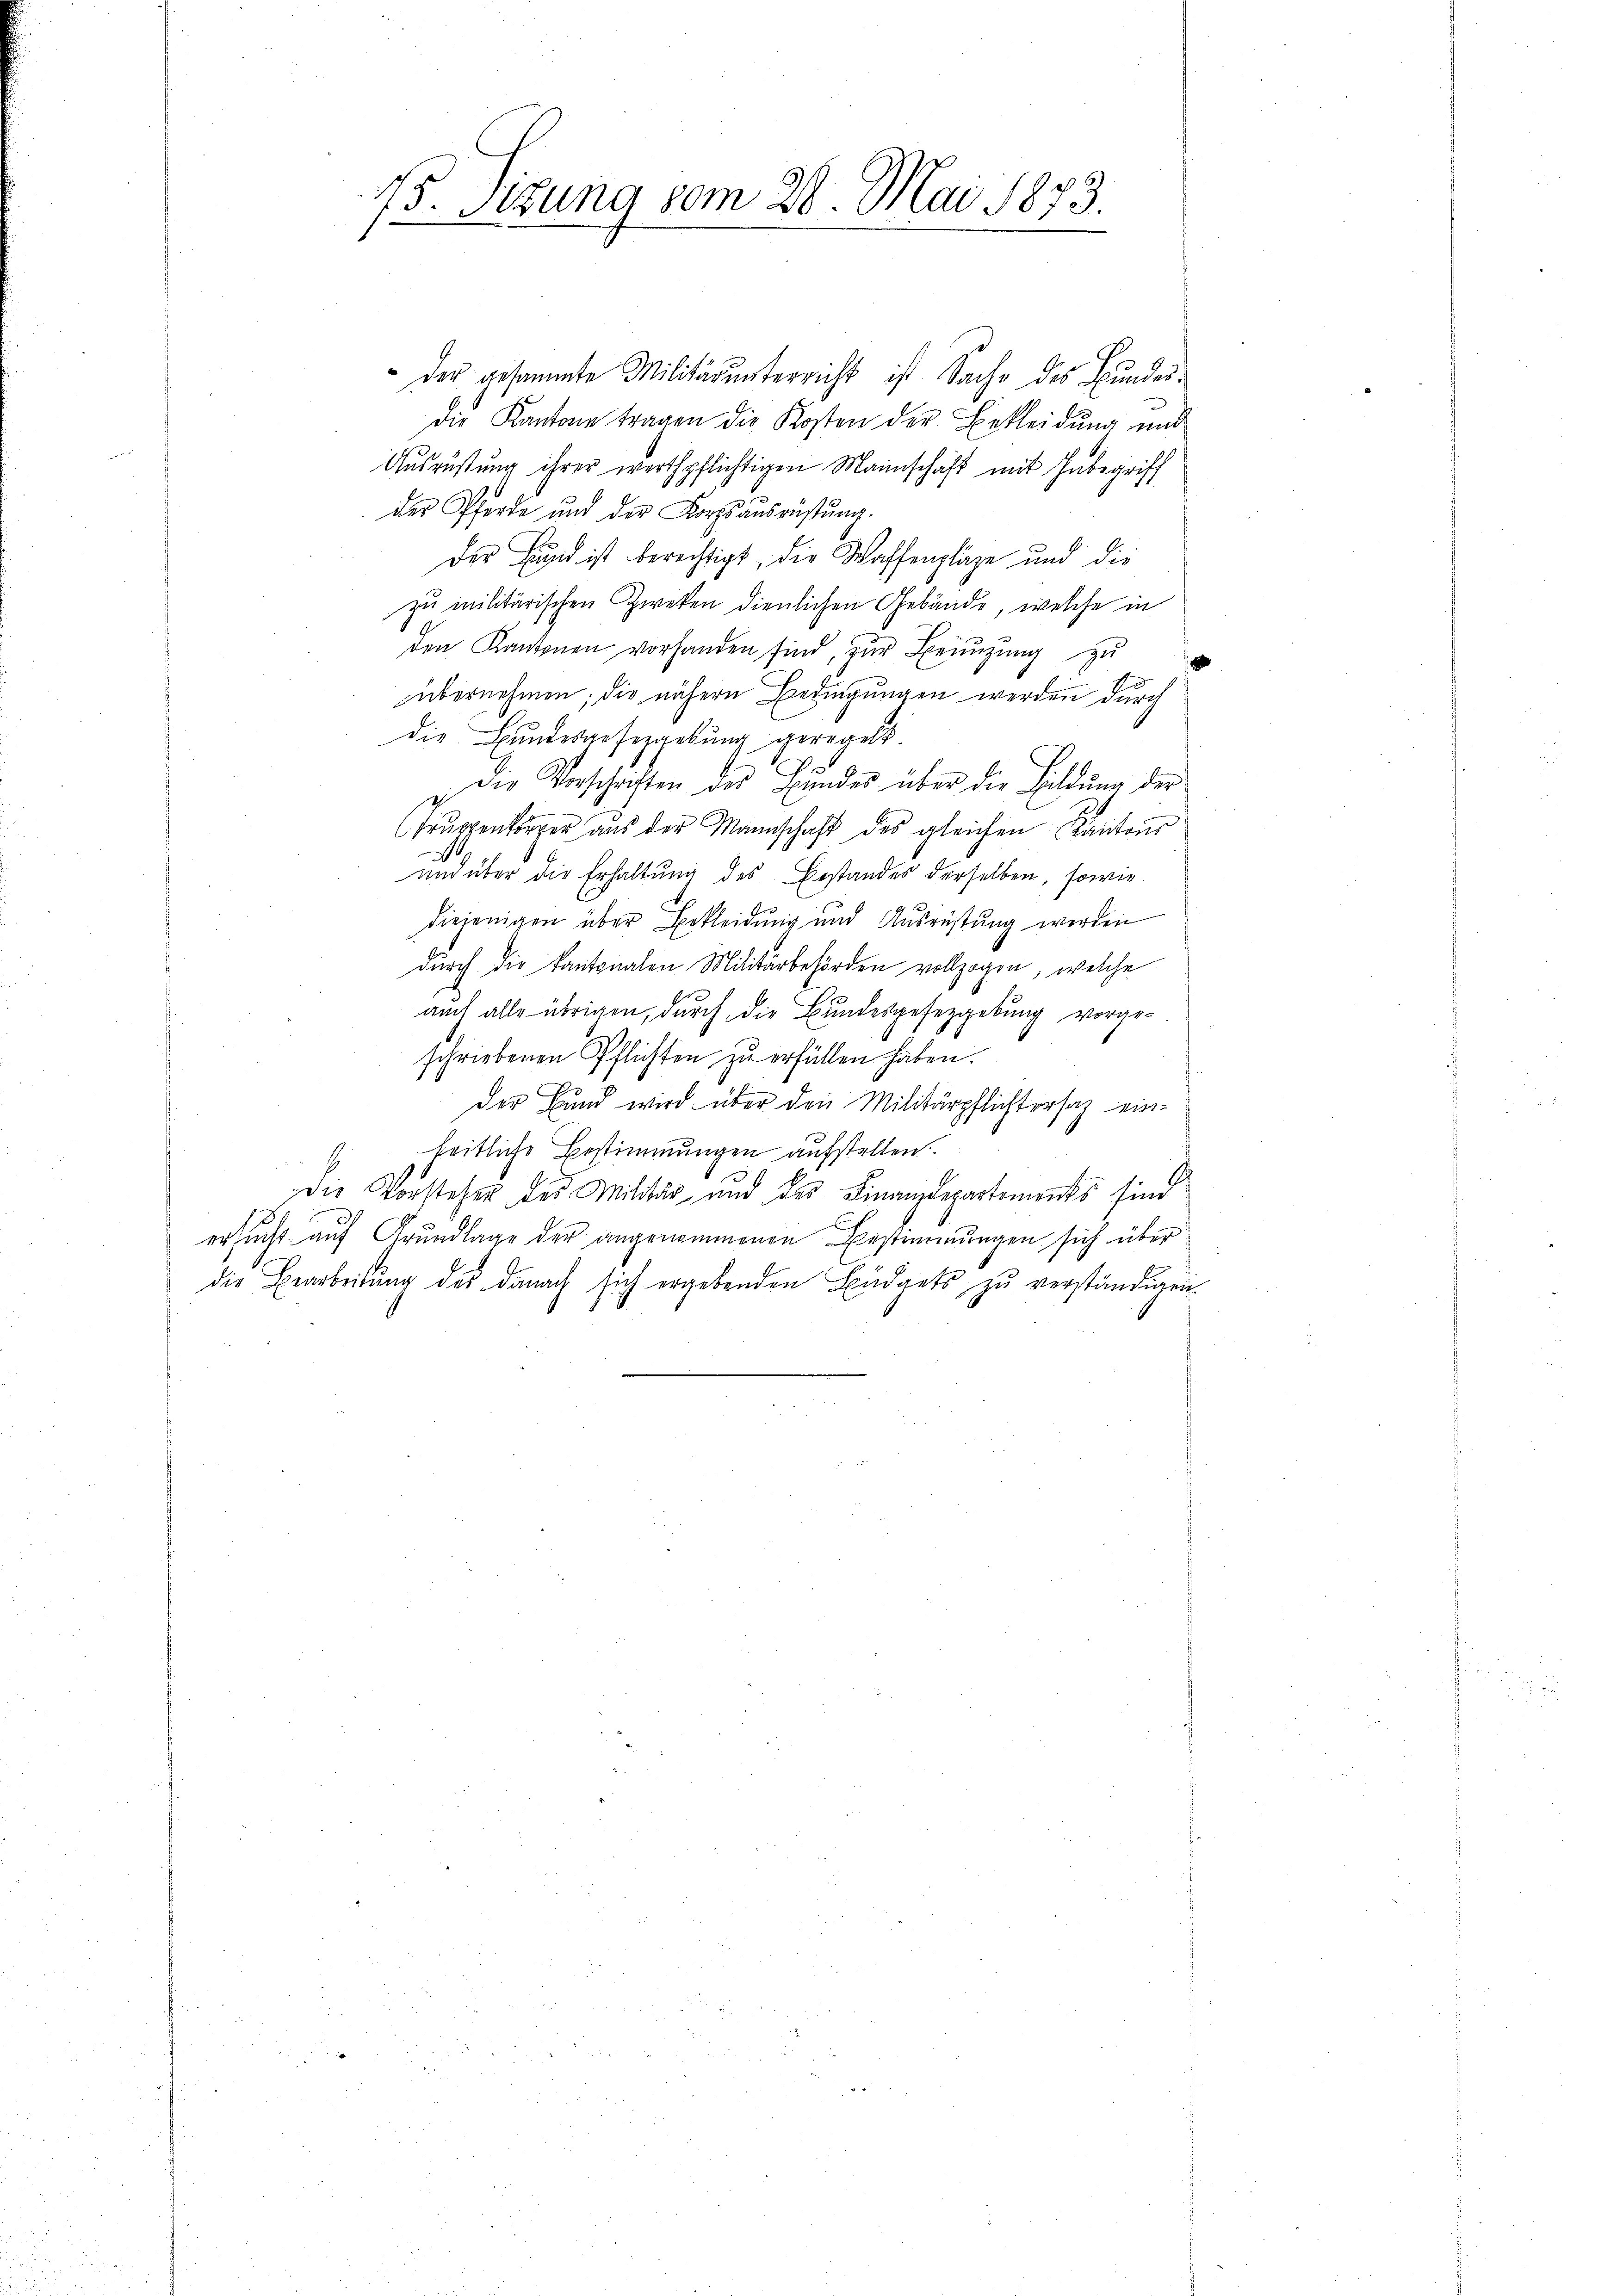
75. Setzung vom 28. Mai 1873.

der gesammte Militärŭnterricht ist Sache des Bŭndes-
die Kantone tragen die Kosten der Bekleidung und
Ausrüstung ihrer werthpflichtigen Mannschaft mit Inbegriff
der Pferde und der Korps ausrüstung.
Der Bund ist berechtigt, die Waffenpläge und die
zu militärischen Zweken dienlichen Gebäude, welche in
den Kantonen vorhanden sind, zŭr Beizŭng zu
übernehmen; die nähern Bedingungen werden durch
die Bundesgeseggebung geregelt.
die Vorschriften des Bundes über die Bildung der
Trŭppenkörper aŭs der Mannschaft des gleichen Kantons
und über die Erhaltung des Bestandes derselben, sowie
diejenigen über Bekleidung und Ausrüstung werden
durch die kantonalen Militärbehörden vollzogen, welche
auch alle übrigen, durch die Bundesgesetzgebung vorgeschriebenen Pflichten zu erfüllen haben.
Der Bund wird über den Militärpflichtersaz einheitliche Bestimmungen aufstellen.
Die Vorsteher des Militär- und des Finanzdepartements sind
ersucht auf Grundlage der angenommenen Bestimmungen sich über
die Bearbeitung des danach sich ergebenden Budgets zu verständigen
41